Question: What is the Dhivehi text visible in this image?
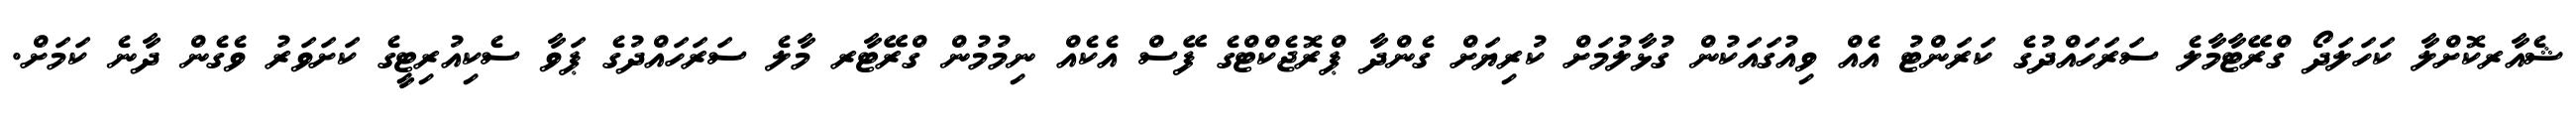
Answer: ޝެއާރކޮށްލާ ކަހަލަދޯ ގްރޭޓާމާލެ ސަރަހައްދުގެ ކަރަންޓު އެއް ވިއުގައަކުން ގުޅާލުމަށް ކުރިޔަށް ގެންދާ ޕްރޮޖެކްޓްގެ ފޭސް އެކެއް ނިމުމުން ގްރޭޓާރ މާލެ ސަރަހައްދުގެ ޕަވާ ސެކިއުރިޓީގެ ކަށަވަރު ވެގެން ދާނެ ކަމަށް.